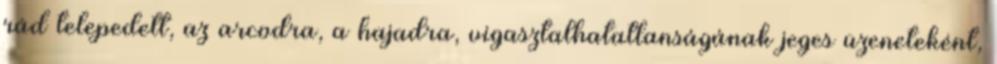
rád telepedett, az arcodra, a hajadra, vigasztalhatatlanságának jeges üzeneteként,